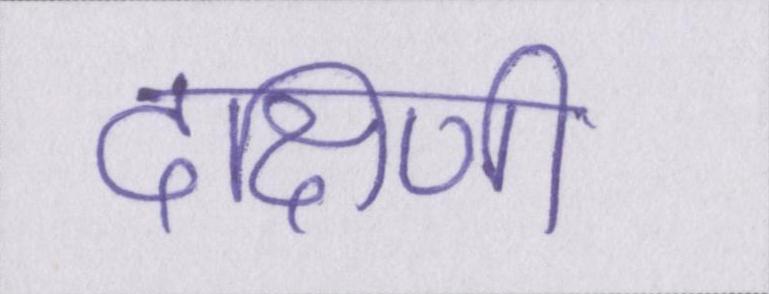
दक्षिणी